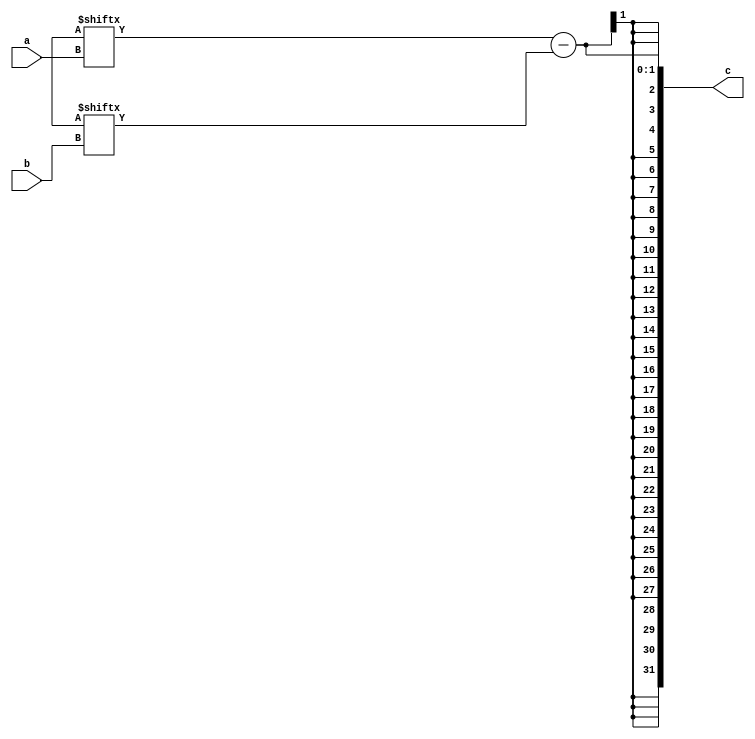
module sub(
	input [4:0] a, b,
	output [31:0] c
);
assign c = glob.r[a] - glob.r[b];
endmodule